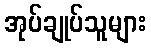
အုပ်ချုပ်သူများ